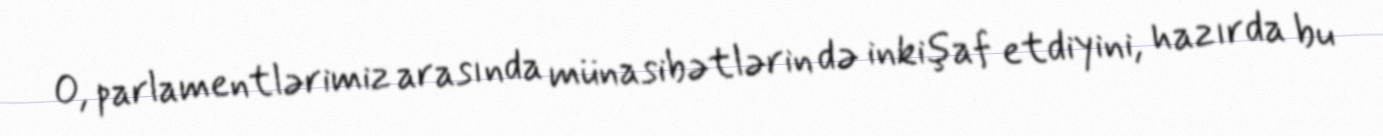
O, parlamentlərimiz arasında münasibətlərin də inkişaf etdiyini, hazırda bu